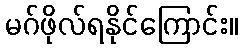
မဂ်ဖိုလ်ရနိုင်ကြောင်း။